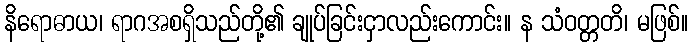
နိရောဓာယ၊ ရာဂအစရှိသည်တို့၏ ချုပ်ခြင်းငှာလည်းကောင်း။ န သံဝတ္တတိ၊ မဖြစ်။